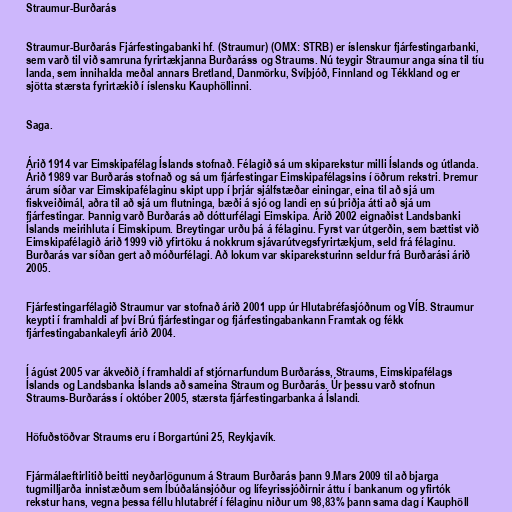
Straumur-Burðarás

Straumur-Burðarás Fjárfestingabanki hf. (Straumur) (OMX: STRB) er íslenskur fjárfestingarbanki,
sem varð til við samruna fyrirtækjanna Burðaráss og Straums. Nú teygir Straumur anga sína til tíu
landa, sem innihalda meðal annars Bretland, Danmörku, Svíþjóð, Finnland og Tékkland og er
sjötta stærsta fyrirtækið í íslensku Kauphöllinni.

Saga.

Árið 1914 var Eimskipafélag Íslands stofnað. Félagið sá um skiparekstur milli Íslands og útlanda.
Árið 1989 var Burðarás stofnað og sá um fjárfestingar Eimskipafélagsins í öðrum rekstri. Þremur
árum síðar var Eimskipafélaginu skipt upp í þrjár sjálfstæðar einingar, eina til að sjá um
fiskveiðimál, aðra til að sjá um flutninga, bæði á sjó og landi en sú þriðja átti að sjá um
fjárfestingar. Þannig varð Burðarás að dótturfélagi Eimskipa. Árið 2002 eignaðist Landsbanki
Íslands meirihluta í Eimskipum. Breytingar urðu þá á félaginu. Fyrst var útgerðin, sem bættist við
Eimskipafélagið árið 1999 við yfirtöku á nokkrum sjávarútvegsfyrirtækjum, seld frá félaginu.
Burðarás var síðan gert að móðurfélagi. Að lokum var skipareksturinn seldur frá Burðarási árið
2005.

Fjárfestingarfélagið Straumur var stofnað árið 2001 upp úr Hlutabréfasjóðnum og VÍB. Straumur
keypti í framhaldi af því Brú fjárfestingar og fjárfestingabankann Framtak og fékk
fjárfestingabankaleyfi árið 2004.

Í ágúst 2005 var ákveðið í framhaldi af stjórnarfundum Burðaráss, Straums, Eimskipafélags
Íslands og Landsbanka Íslands að sameina Straum og Burðarás. Úr þessu varð stofnun
Straums-Burðaráss í október 2005, stærsta fjárfestingarbanka á Íslandi.

Höfuðstöðvar Straums eru í Borgartúni 25, Reykjavík.

Fjármálaeftirlitið beitti neyðarlögunum á Straum Burðarás þann 9.Mars 2009 til að bjarga
tugmilljarða innistæðum sem Íbúðalánsjóður og lífeyrissjóðirnir áttu í bankanum og yfirtók
rekstur hans, vegna þessa féllu hlutabréf í félaginu niður um 98,83% þann sama dag í Kauphöll